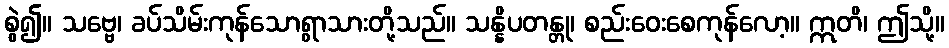
စွဲ၍။ သဗ္ဗေ၊ ခပ်သိမ်းကုန်သောရွာသားတို့သည်။ သန္နိပတန္တု၊ စည်းဝေးစေကုန်လော့။ ဣတိ၊ ဤသို့။